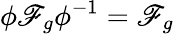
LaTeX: {\phi\mathscr{F}_{g}\phi^{-1}=\mathscr{F}_{g}}